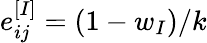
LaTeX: e_{ij}^{[I]}=(1-w_{I})/k